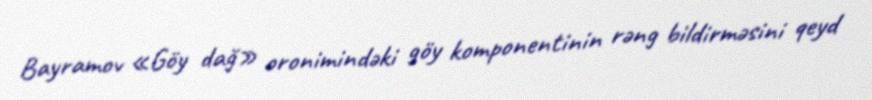
Bayramov «Göy dağ» oronimindəki göy komponentinin rəng bildirməsini qeyd